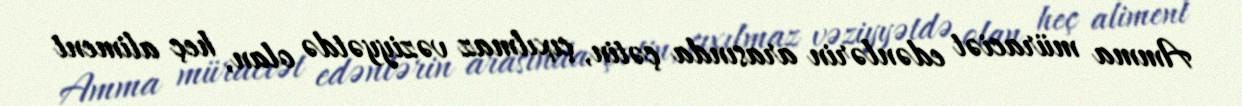
Amma müraciət edənlərin arasında çətin, çıxılmaz vəziyyətdə olan, heç aliment